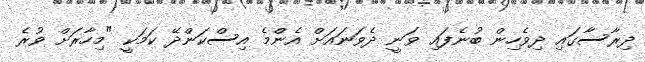
ދިރާސާގައި ދިވެހިން ބުނެފައި ވަނީ ދެވަނައަށް އެންމެ އިސްކަންދޭ ކަމަކީ "މިހާރަށް ވުރެ